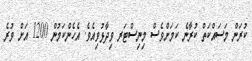
ކުރަން މަސައްކަތް ކުރާނެ ކަމަށްވެސް މިނިސްޓަރ ވިދާޅުވިއެވެ. އެހެންކަމުން 1200 އަށް ވުރެ